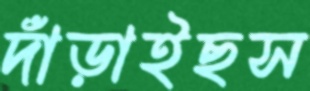
দাঁড়াইছস